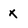
Character: X